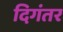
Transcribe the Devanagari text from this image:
दिगंतर